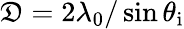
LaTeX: \mathfrak{D}=2\lambda_{0}/\sin{\theta_{\mathrm{{i}}}}